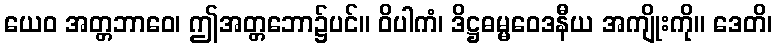
ယေဝ အတ္တဘာဝေ၊ ဤအတ္တဘော၌ပင်။ ဝိပါကံ၊ ဒိဋ္ဌဓမ္မဝေဒနီယ အကျိုးကို။ ဒေတိ၊